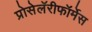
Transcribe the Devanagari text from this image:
प्रोसेलॅरीफॉर्मेस